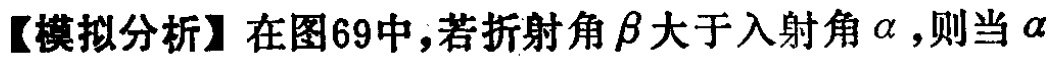
【模拟分析】在图69中，若折射角\(\beta\)大于入射角\(\alpha\)，则当\(\alpha\)